Malaria in the Duars
Disease focus: Malaria
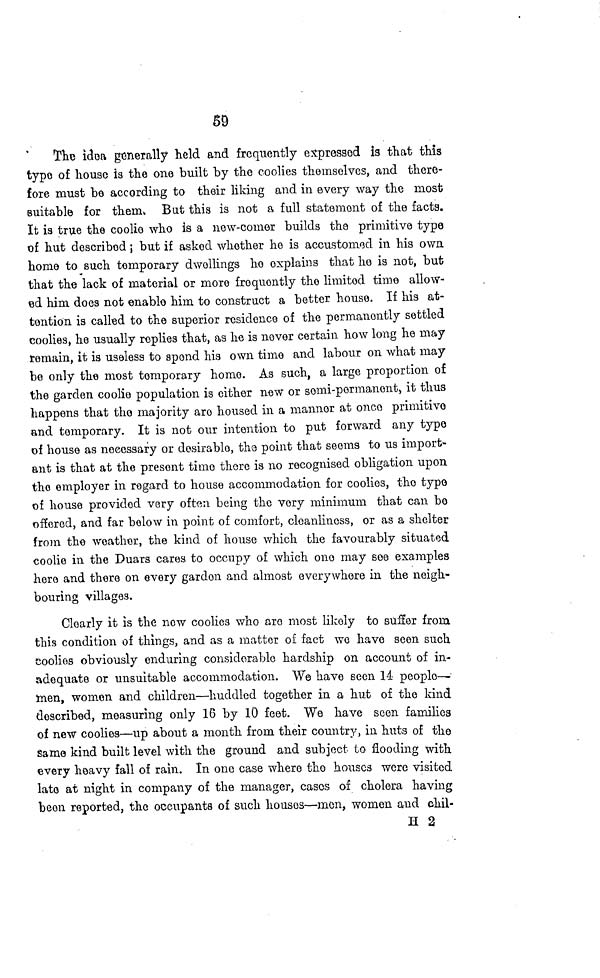
59
The idea generally held and frequently expressed is that this
type of house is the one built by the coolies themselves, and there-
fore must be according to their liking and in every way the most
suitable for them. Bat this is not a full statement of the facts.
It is true the coolie who is a new-comer builds the primitive type
of hut described; but if asked whether he is accustomed in his own
home to such temporary dwellings he explains that ho is not, but
that the lack of material or more frequently the limited time allow-
ed him does not enable him to construct a better house. If his at-
tention is called to the superior residence of the permanently settled
coolies, he usually replies that, as he is never certain how long he may
remain, it is useless to spend his own time and labour on what may
bo only the most temporary home. As such, a large proportion of
the garden coolie population is either new or semi-permanent, it thus
happens that the majority are housed in a manner at once primitive
and temporary. It is not our intention to put forward any type
of house as necessary or desirable, the point that seems to us import-
ant is that at the present time there is no recognised obligation upon
the employer in regard to house accommodation for coolies, the typo
of house provided very often being the very minimum that can bo
offered, and far below in point of comfort, cleanliness, or as a shelter
from the weather, the kind of house which the favourably situated
coolie in the Duars cares to occupy of which one may see examples
here and there on every garden and almost everywhere in the neigh-
bouring villages.
Clearly it is the now coolies who are most likely to suffer from
this condition of things, and as a matter of fact we have seen such
Coolies obviously enduring considerable hardship on account of in-
adequate or unsuitable accommodation. We have seen 14 people-
men, women and children—huddled together in a hut of the kind
described, measuring only 16 by 10 feet. We have seen families
of new coolies—up about a month from their country, in huts of the
same kind built level with the ground and subject to flooding with
every heavy fall of rain. In one case where the houses were visited
late at night in company of the manager, cases of cholera having
been reported, the occupants of such houses—men, women and chil-
H 2